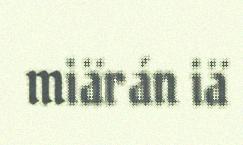
miärán iä